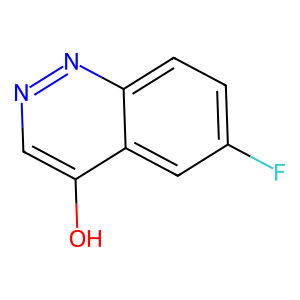
SMILES: Oc1cnnc2ccc(F)cc12
Inhibits HIV replication: No